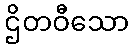
ဌိတဝီသော